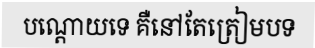
បណ្តោយទេ គឺនៅតែត្រៀមបទ